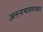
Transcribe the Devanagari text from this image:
अनन्यभावभावाय